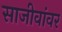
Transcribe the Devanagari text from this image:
साजीवांवर